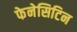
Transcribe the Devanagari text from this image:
फेनेसिटिन